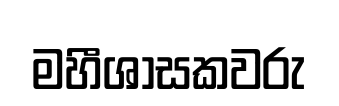
මහීශාසකවරු